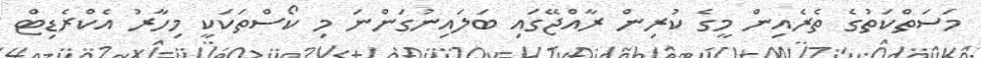
މަސަތްކަތުގެ ތެރެއިން މީގެ ކުރިން ރާއްޖޭގައި ބަލައިނުގަންނަ މި ކޯސްތަކަކީ މިހާރު އެކްރެޑިޓް